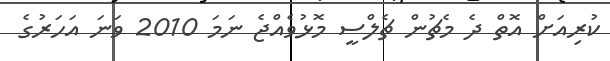
ކުރިއަށް އޮތް ދެ މެޗުން ޗެލްސީ މޮޅުވެއްޖެ ނަމަ 2010 ވަނަ އަހަރުގެ